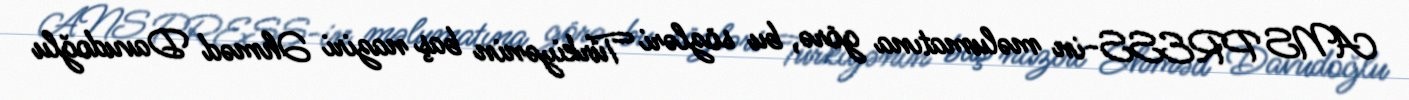
ANS PRESS-in məlumatına görə, bu sözləri Türkiyənin baş naziri Əhməd Davudoğlu